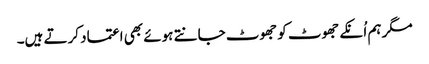
مگر ہم اُنکے جھوٹ کو جھوٹ جانتے ہوئے بھی اعتماد کرتے ہیں۔